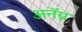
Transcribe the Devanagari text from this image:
अनॅग्न